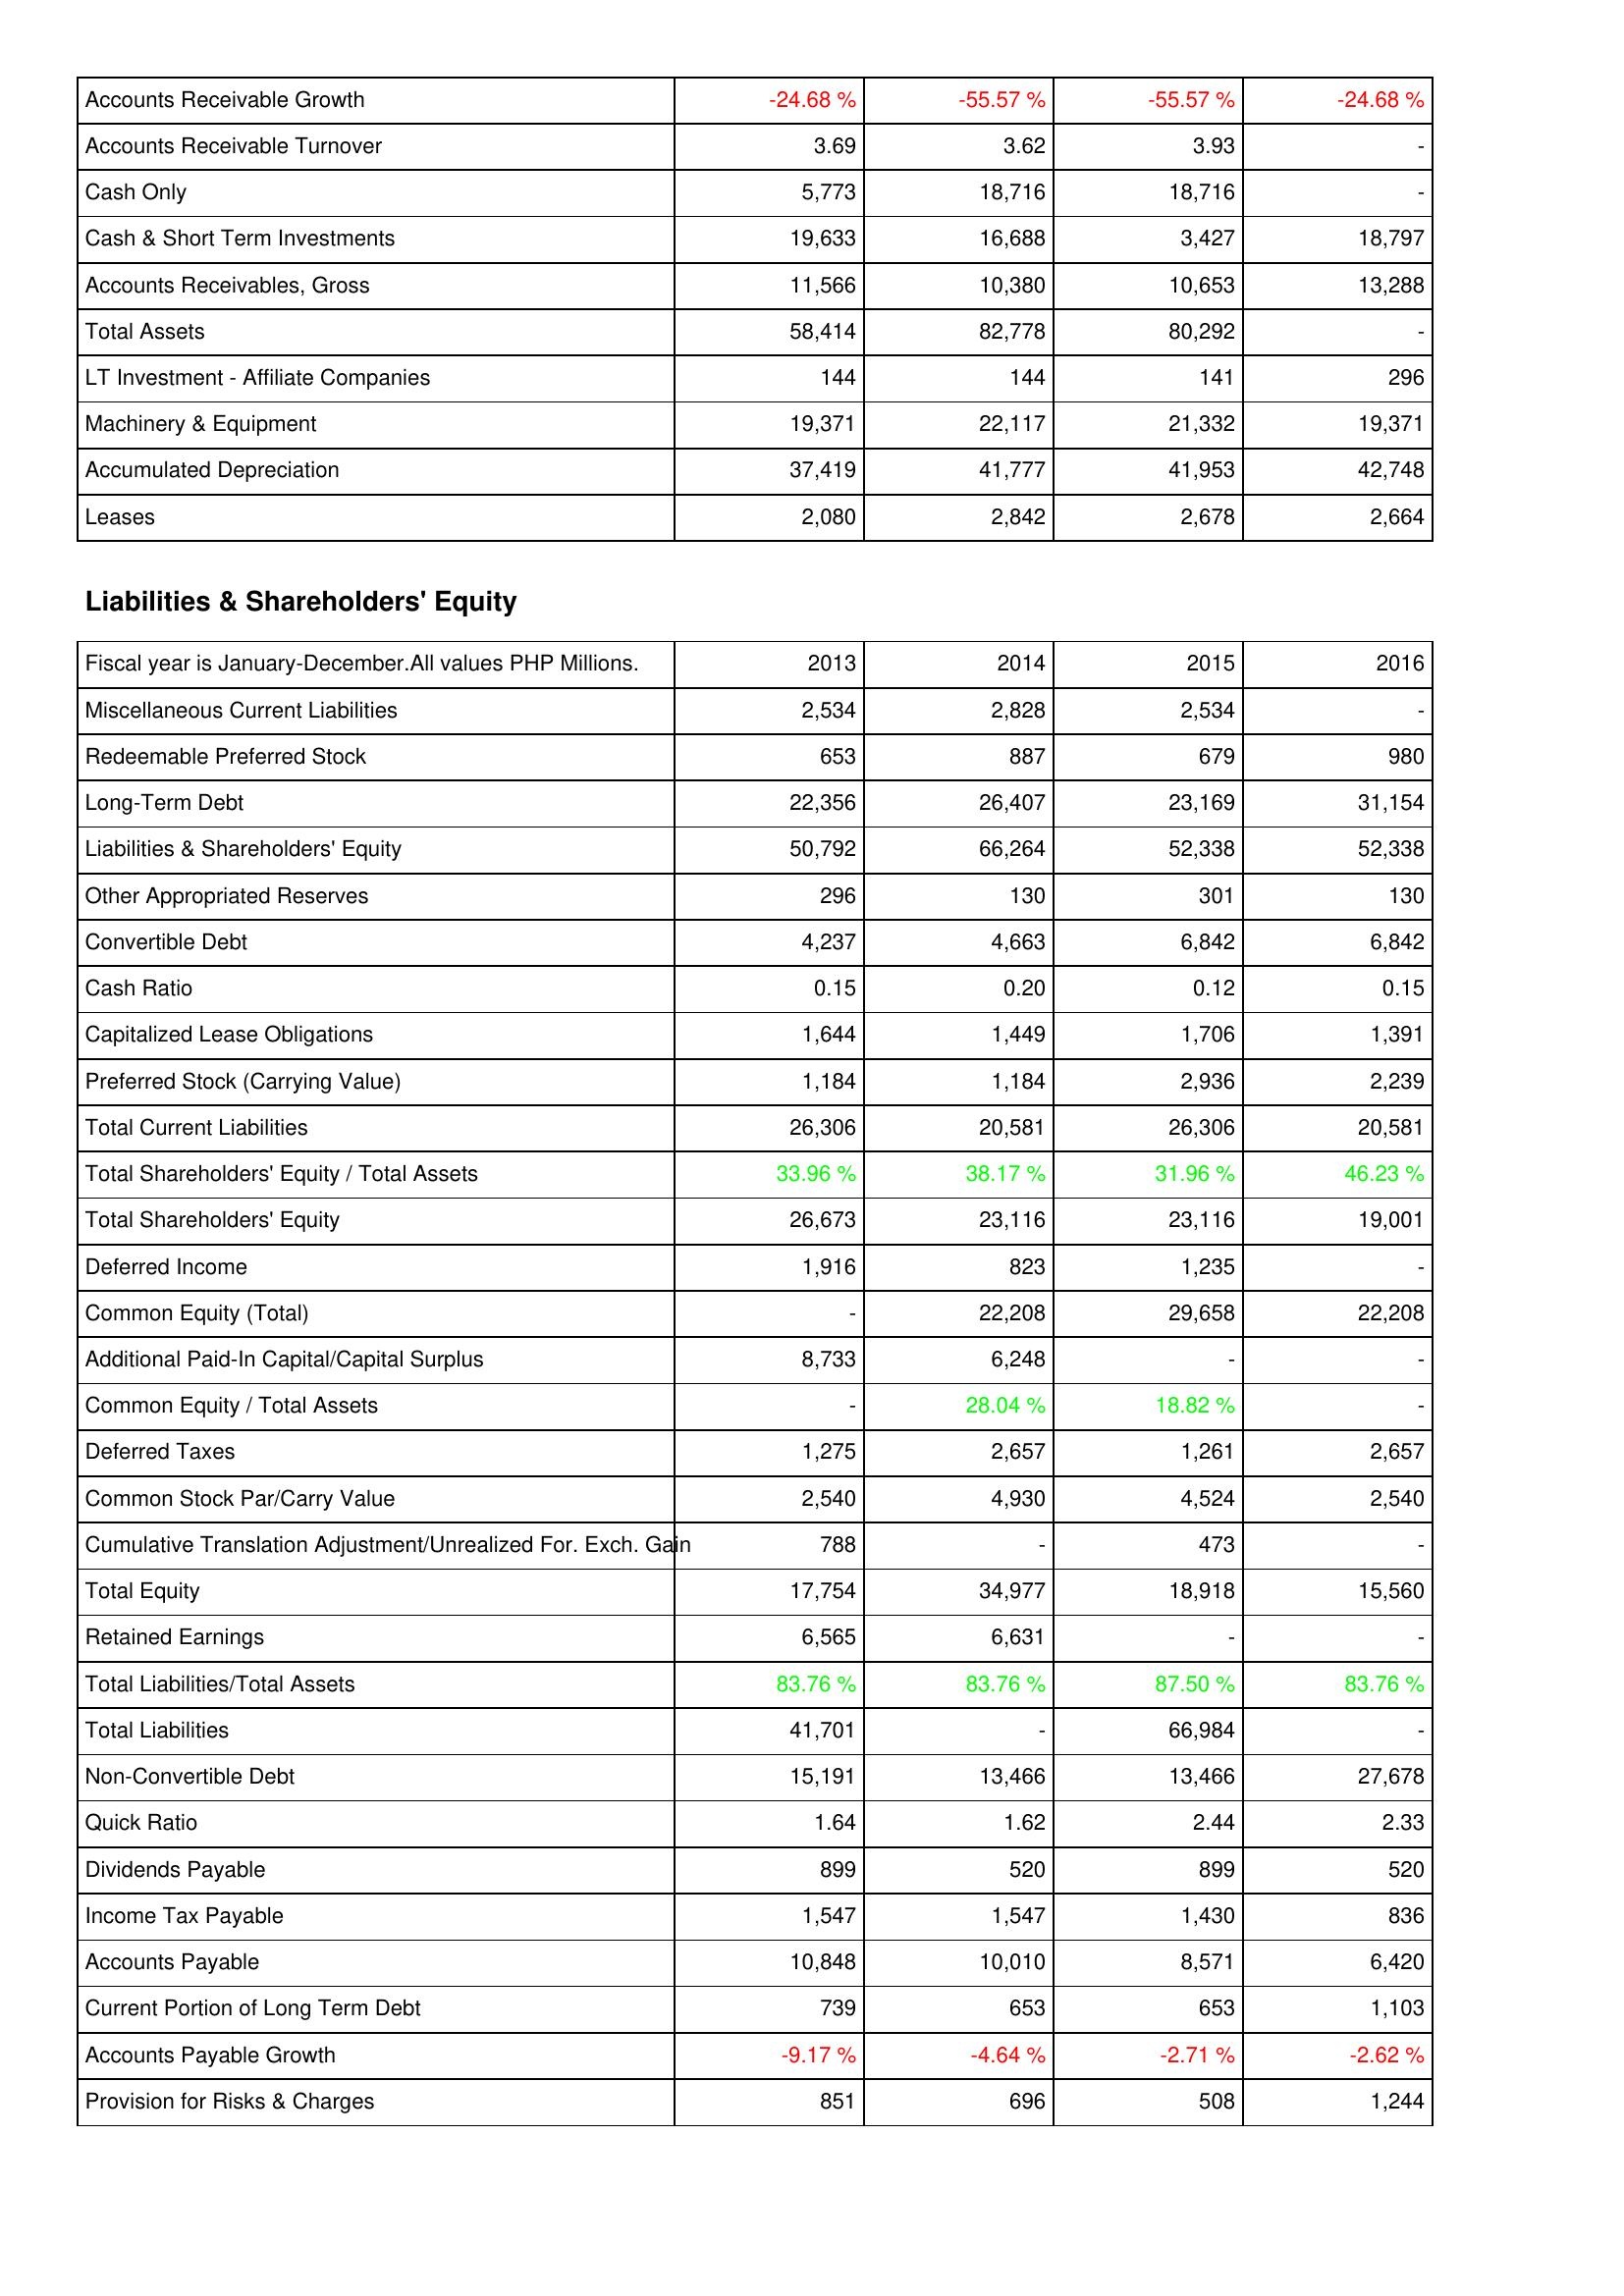
2013: Assets: Accounts Receivable Growth: -24.68 %
Accounts Receivable Turnover: 3.69
Cash Only: 5,773
Cash & Short Term Investments: 19,633
Accounts Receivables, Gross: 11,566
Total Assets: 58,414
LT Investment - Affiliate Companies: 144
Machinery & Equipment: 19,371
Accumulated Depreciation: 37,419
Leases: 2,080
Liabilities & Shareholders' Equity: Miscellaneous Current Liabilities: 2,534
Redeemable Preferred Stock: 653
Long-Term Debt: 22,356
Liabilities & Shareholders' Equity: 50,792
Other Appropriated Reserves: 296
Convertible Debt: 4,237
Cash Ratio: 0.15
Capitalized Lease Obligations: 1,644
Preferred Stock (Carrying Value): 1,184
Total Current Liabilities: 26,306
Total Shareholders' Equity / Total Assets: 33.96 %
Total Shareholders' Equity: 26,673
Deferred Income: 1,916
Common Equity (Total): -
Additional Paid-In Capital/Capital Surplus: 8,733
Common Equity / Total Assets: -
Deferred Taxes: 1,275
Common Stock Par/Carry Value: 2,540
Cumulative Translation Adjustment/Unrealized For. Exch. Gain: 788
Total Equity: 17,754
Retained Earnings: 6,565
Total Liabilities/Total Assets: 83.76 %
Total Liabilities: 41,701
Non-Convertible Debt: 15,191
Quick Ratio: 1.64
Dividends Payable: 899
Income Tax Payable: 1,547
Accounts Payable: 10,848
Current Portion of Long Term Debt: 739
Accounts Payable Growth: -9.17 %
Provision for Risks & Charges: 851
2014: Assets: Accounts Receivable Growth: -55.57 %
Accounts Receivable Turnover: 3.62
Cash Only: 18,716
Cash & Short Term Investments: 16,688
Accounts Receivables, Gross: 10,380
Total Assets: 82,778
LT Investment - Affiliate Companies: 144
Machinery & Equipment: 22,117
Accumulated Depreciation: 41,777
Leases: 2,842
Liabilities & Shareholders' Equity: Miscellaneous Current Liabilities: 2,828
Redeemable Preferred Stock: 887
Long-Term Debt: 26,407
Liabilities & Shareholders' Equity: 66,264
Other Appropriated Reserves: 130
Convertible Debt: 4,663
Cash Ratio: 0.20
Capitalized Lease Obligations: 1,449
Preferred Stock (Carrying Value): 1,184
Total Current Liabilities: 20,581
Total Shareholders' Equity / Total Assets: 38.17 %
Total Shareholders' Equity: 23,116
Deferred Income: 823
Common Equity (Total): 22,208
Additional Paid-In Capital/Capital Surplus: 6,248
Common Equity / Total Assets: 28.04 %
Deferred Taxes: 2,657
Common Stock Par/Carry Value: 4,930
Cumulative Translation Adjustment/Unrealized For. Exch. Gain: -
Total Equity: 34,977
Retained Earnings: 6,631
Total Liabilities/Total Assets: 83.76 %
Total Liabilities: -
Non-Convertible Debt: 13,466
Quick Ratio: 1.62
Dividends Payable: 520
Income Tax Payable: 1,547
Accounts Payable: 10,010
Current Portion of Long Term Debt: 653
Accounts Payable Growth: -4.64 %
Provision for Risks & Charges: 696
2015: Assets: Accounts Receivable Growth: -55.57 %
Accounts Receivable Turnover: 3.93
Cash Only: 18,716
Cash & Short Term Investments: 3,427
Accounts Receivables, Gross: 10,653
Total Assets: 80,292
LT Investment - Affiliate Companies: 141
Machinery & Equipment: 21,332
Accumulated Depreciation: 41,953
Leases: 2,678
Liabilities & Shareholders' Equity: Miscellaneous Current Liabilities: 2,534
Redeemable Preferred Stock: 679
Long-Term Debt: 23,169
Liabilities & Shareholders' Equity: 52,338
Other Appropriated Reserves: 301
Convertible Debt: 6,842
Cash Ratio: 0.12
Capitalized Lease Obligations: 1,706
Preferred Stock (Carrying Value): 2,936
Total Current Liabilities: 26,306
Total Shareholders' Equity / Total Assets: 31.96 %
Total Shareholders' Equity: 23,116
Deferred Income: 1,235
Common Equity (Total): 29,658
Additional Paid-In Capital/Capital Surplus: -
Common Equity / Total Assets: 18.82 %
Deferred Taxes: 1,261
Common Stock Par/Carry Value: 4,524
Cumulative Translation Adjustment/Unrealized For. Exch. Gain: 473
Total Equity: 18,918
Retained Earnings: -
Total Liabilities/Total Assets: 87.50 %
Total Liabilities: 66,984
Non-Convertible Debt: 13,466
Quick Ratio: 2.44
Dividends Payable: 899
Income Tax Payable: 1,430
Accounts Payable: 8,571
Current Portion of Long Term Debt: 653
Accounts Payable Growth: -2.71 %
Provision for Risks & Charges: 508
2016: Assets: Accounts Receivable Growth: -24.68 %
Accounts Receivable Turnover: -
Cash Only: -
Cash & Short Term Investments: 18,797
Accounts Receivables, Gross: 13,288
Total Assets: -
LT Investment - Affiliate Companies: 296
Machinery & Equipment: 19,371
Accumulated Depreciation: 42,748
Leases: 2,664
Liabilities & Shareholders' Equity: Miscellaneous Current Liabilities: -
Redeemable Preferred Stock: 980
Long-Term Debt: 31,154
Liabilities & Shareholders' Equity: 52,338
Other Appropriated Reserves: 130
Convertible Debt: 6,842
Cash Ratio: 0.15
Capitalized Lease Obligations: 1,391
Preferred Stock (Carrying Value): 2,239
Total Current Liabilities: 20,581
Total Shareholders' Equity / Total Assets: 46.23 %
Total Shareholders' Equity: 19,001
Deferred Income: -
Common Equity (Total): 22,208
Additional Paid-In Capital/Capital Surplus: -
Common Equity / Total Assets: -
Deferred Taxes: 2,657
Common Stock Par/Carry Value: 2,540
Cumulative Translation Adjustment/Unrealized For. Exch. Gain: -
Total Equity: 15,560
Retained Earnings: -
Total Liabilities/Total Assets: 83.76 %
Total Liabilities: -
Non-Convertible Debt: 27,678
Quick Ratio: 2.33
Dividends Payable: 520
Income Tax Payable: 836
Accounts Payable: 6,420
Current Portion of Long Term Debt: 1,103
Accounts Payable Growth: -2.62 %
Provision for Risks & Charges: 1,244